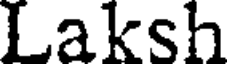
Laksh